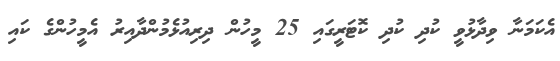
އެކަމަނާ ވިދާޅުވީ ކުދި ކުދި ކޮޓަރީގައި 25 މީހުން ދިރިއުޅެމުންދާއިރު އެމީހުންގެ ކައި